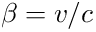
\beta = v / c